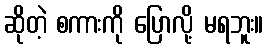
ဆိုတဲ့ စကားကို ပြောလို့ မရဘူး။